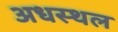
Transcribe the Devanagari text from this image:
अधस्थल